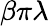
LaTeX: \beta\pi\lambda